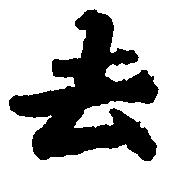
去